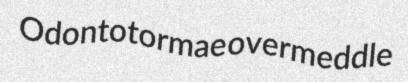
Odontotormae overmeddle